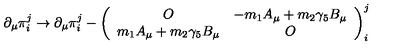
\partial _ { \mu } \pi _ { i } ^ { j } \to \partial _ { \mu } \pi _ { i } ^ { j } - \left( \begin{array} { c c } { O } & { - m _ { 1 } A _ { \mu } + m _ { 2 } \gamma _ { 5 } B _ { \mu } } \\ { m _ { 1 } A _ { \mu } + m _ { 2 } \gamma _ { 5 } B _ { \mu } } & { O } \\ \end{array} \right) _ { i } ^ { j }